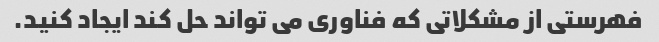
فهرستی از مشکلاتی که فناوری می تواند حل کند ایجاد کنید.